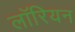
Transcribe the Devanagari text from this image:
लॉरियन